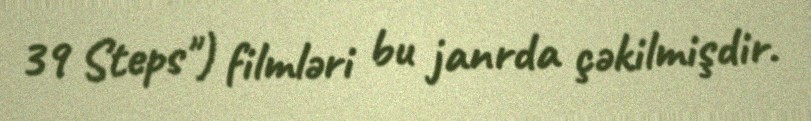
39 Steps") filmləri bu janrda çəkilmişdir.